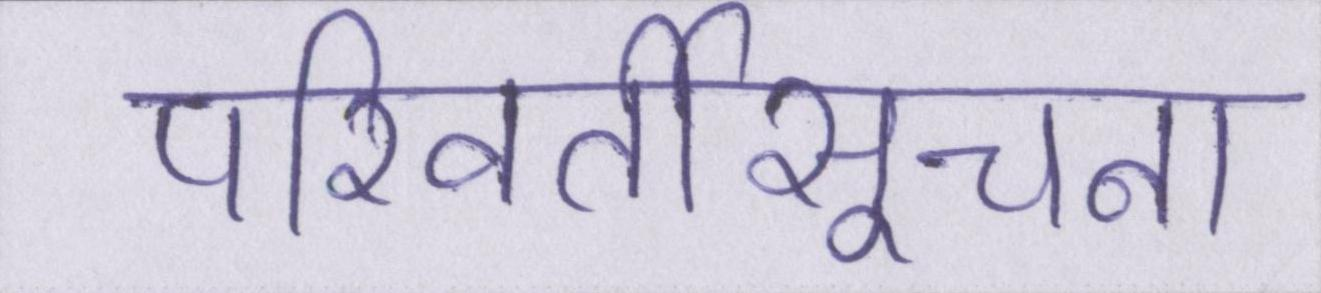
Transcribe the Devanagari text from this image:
परिवर्तीसूचना